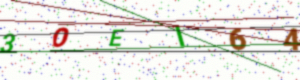
Text: 3OEI64